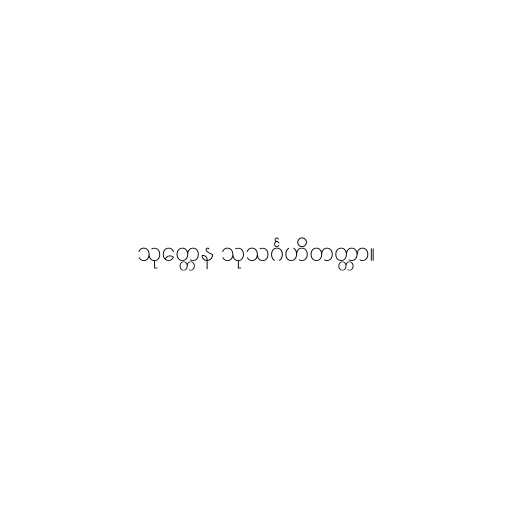
သုတ္တေန သုသင်္ဂဟိတတ္တာ။